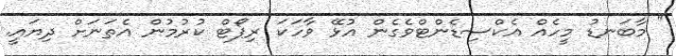
" މާބަނޑު މީހެއް އެކްސިޑެންޓްވެގެން އުޅޭ ވާހަކަ ރިޕޯޓް ކުރުމުން އެތަނަށް ދިޔައީ.